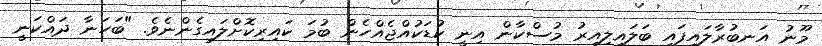
މޫނު އަނބުރާލައިފައި ބަލައިލިއިރު މުސްކާން އިނީ ކުޑަކުއްޖެއްހެން ބުމަ ކައިރިކޮށްލައިގެންނެވެ. "ބަހަނާ ދައްކަނީ